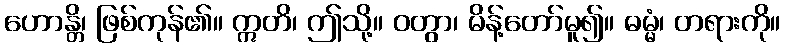
ဟောန္တိ၊ ဖြစ်ကုန်၏။ ဣတိ၊ ဤသို့။ ဝတွာ၊ မိန့်တော်မူ၍။ ဓမ္မံ၊ တရားကို။